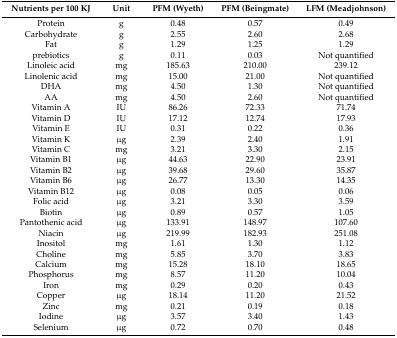
| Nutrients per 100 KJ | Unit | PFM (Wyeth) | PFM (Beingmate) | LFM (Meadjohnson) |
 | --- | --- | --- | --- | --- |
 | Protein | g | 0.48 | 0.57 | 0.49 |
 | Carbohydrate | g | 2.55 | 2.60 | 2.68 |
 | Fat | g | 1.29 | 1.25 | 1.29 |
 | prebiotics | g | 0.11 | 0.03 | Not quantified |
 | Linoleic acid | mg | 185.63 | 210.00 | 239.12 |
 | Linolenic acid | mg | 15.00 | 21.00 | Not quantified |
 | DHA | mg | 4.50 | 1.30 | Not quantified |
 | AA | mg | 4.50 | 2.60 | Not quantified |
 | Vitamin A | IU | 86.26 | 72.33 | 71.74 |
 | Vitamin D | IU | 17.12 | 12.74 | 17.93 |
 | Vitamin E | IU | 0.31 | 0.22 | 0.36 |
 | Vitamin K | μg | 2.39 | 2.40 | 1.91 |
 | Vitamin C | mg | 3.21 | 3.30 | 2.15 |
 | Vitamin B1 | μg | 44.63 | 22.90 | 23.91 |
 | Vitamin B2 | μg | 39.68 | 29.60 | 35.87 |
 | Vitamin B6 | μg | 26.77 | 13.30 | 14.35 |
 | Vitamin B12 | μg | 0.08 | 0.05 | 0.06 |
 | Folic acid | μg | 3.21 | 3.30 | 3.59 |
 | Biotin | μg | 0.89 | 0.57 | 1.05 |
 | Pantothenic acid | μg | 133.91 | 148.97 | 107.60 |
 | Niacin | μg | 219.99 | 182.93 | 251.08 |
 | Inositol | mg | 1.61 | 1.30 | 1.12 |
 | Choline | mg | 5.85 | 3.70 | 3.83 |
 | Calcium | mg | 15.28 | 18.10 | 18.65 |
 | Phosphorus | mg | 8.57 | 11.20 | 10.04 |
 | Iron | mg | 0.29 | 0.20 | 0.43 |
 | Copper | μg | 18.14 | 11.20 | 21.52 |
 | Zinc | mg | 0.21 | 0.19 | 0.18 |
 | Iodine | μg | 3.57 | 3.40 | 1.43 |
 | Selenium | μg | 0.72 | 0.70 | 0.48 |